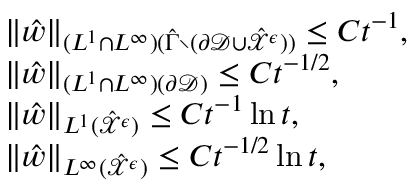
\begin{array} { r l } & { \| \hat { w } \| _ { ( L ^ { 1 } \cap L ^ { \infty } ) ( \hat { \Gamma } \setminus ( \partial \mathcal { D } \cup \hat { \mathcal { X } } ^ { \epsilon } ) ) } \leq C t ^ { - 1 } , } \\ & { \| \hat { w } \| _ { ( L ^ { 1 } \cap L ^ { \infty } ) ( \partial \mathcal { D } ) } \leq C t ^ { - 1 / 2 } , } \\ & { \| \hat { w } \| _ { L ^ { 1 } ( \hat { \mathcal { X } } ^ { \epsilon } ) } \leq C t ^ { - 1 } \ln t , } \\ & { \| \hat { w } \| _ { L ^ { \infty } ( \hat { \mathcal { X } } ^ { \epsilon } ) } \leq C t ^ { - 1 / 2 } \ln t , } \end{array}